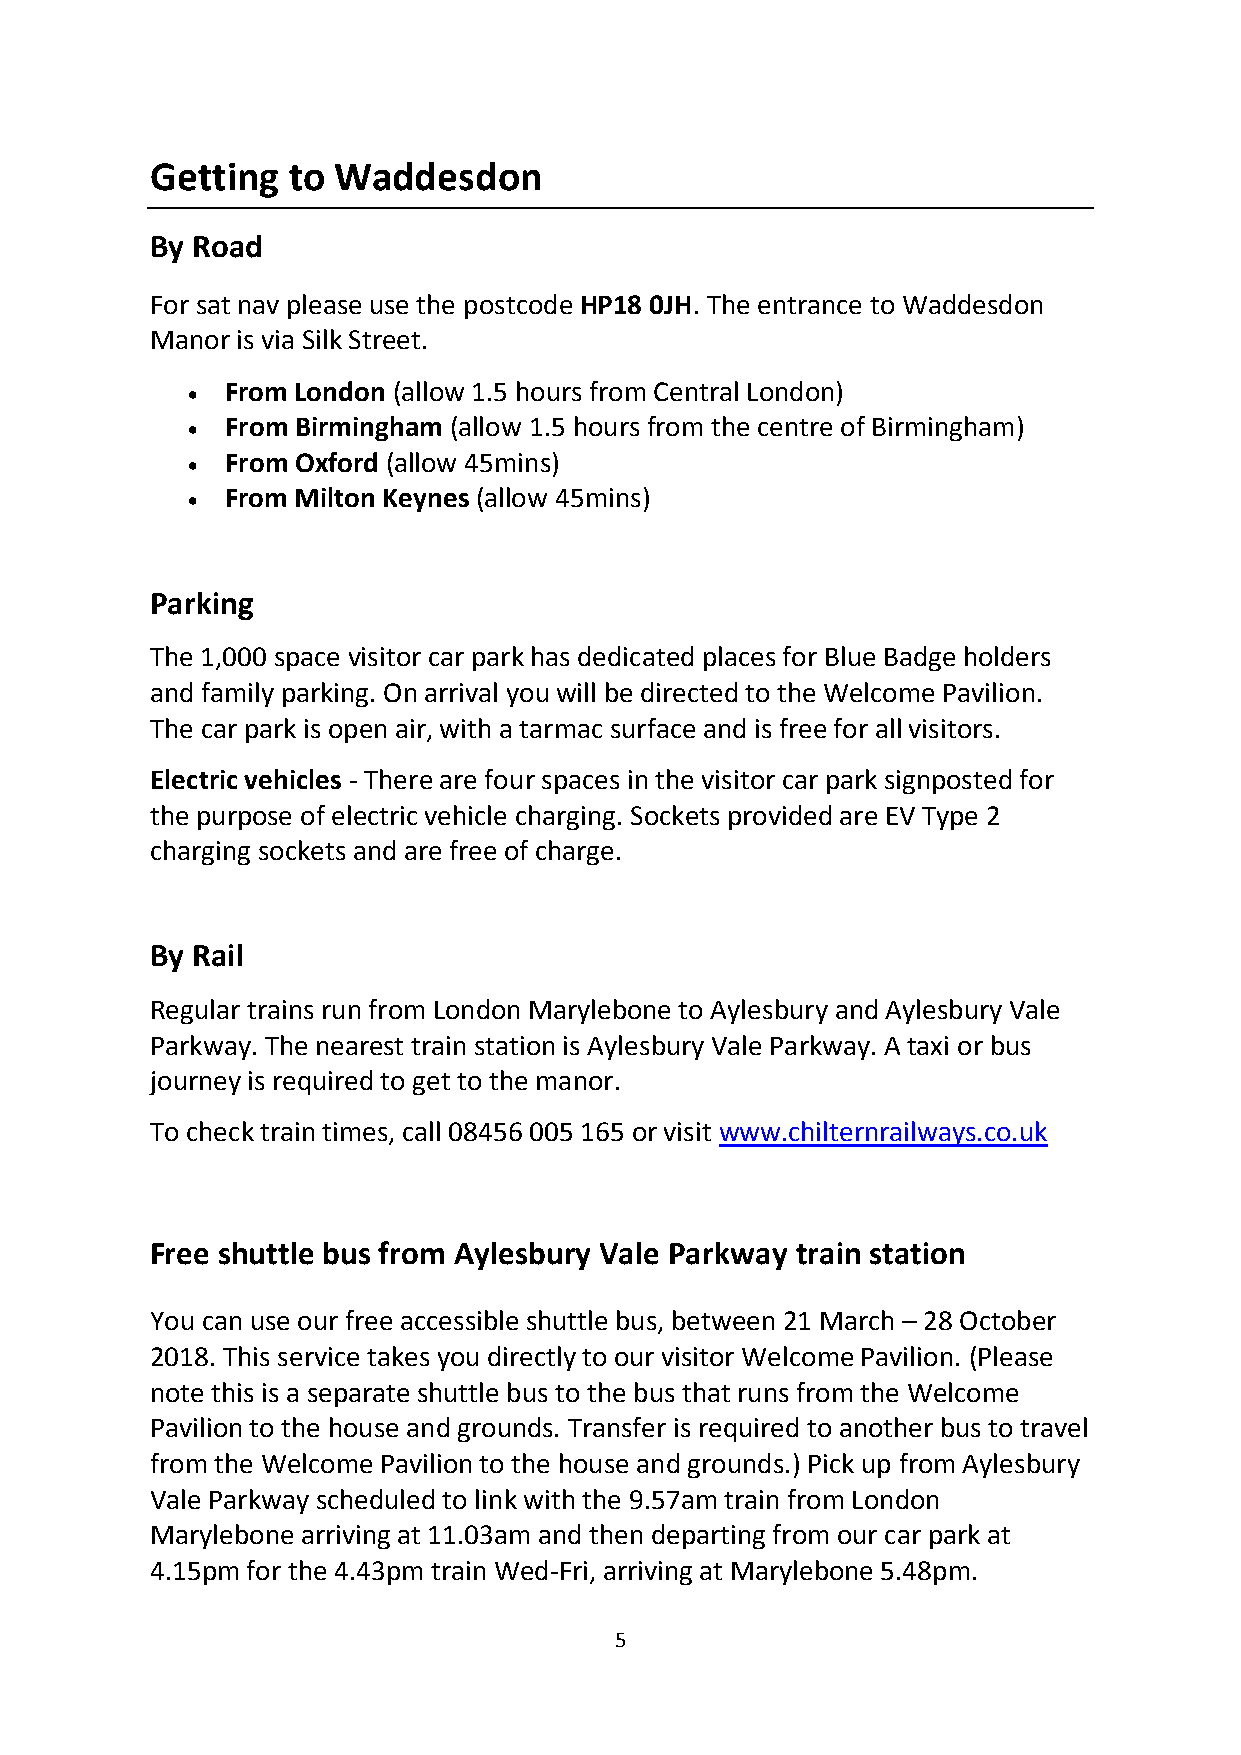
Getting  to Waddesdon
 By Road
 For sat nav please use the postcode HP18 0JH. The entrance to Waddesdon
 Manor is via Silk Street.
   From London (allow 1.5 hours from Central London)
   From Birmingham (allow 1.5 hours from the centre of Birmingham)
   From Oxford (allow 45mins)
   From Milton Keynes (allow 45mins)
 Parking
 The 1,000 space visitor car park has dedicated places for Blue Badge holders
 and family parking. On arrival you will be directed to the Welcome Pavilion.
 The car park is open air, with a tarmac surface and is free for all visitors.
 Electric vehicles - There are four spaces in the visitor car park signposted for
 the purpose of electric vehicle charging. Sockets provided are EV Type 2
 charging sockets and are free of charge.
 By Rail
 Regular trains run from London Marylebone to Aylesbury and Aylesbury Vale
 Parkway. The nearest train station is Aylesbury Vale Parkway. A taxi or bus
 journey is required to get to the manor.
 To check train times, call 08456 005 165 or visit www.chilternrailways.co.uk
 Free shuttle bus from Aylesbury Vale Parkway train station
 You can use our free accessible shuttle bus, between 21 March – 28 October
 2018. This service takes you directly to our visitor Welcome Pavilion. (Please
 note this is a separate shuttle bus to the bus that runs from the Welcome
 Pavilion to the house and grounds. Transfer is required to another bus to travel
 from the Welcome Pavilion to the house and grounds.) Pick up from Aylesbury
 Vale Parkway scheduled to link with the 9.57am train from London
 Marylebone arriving at 11.03am and then departing from our car park at
 4.15pm for the 4.43pm train Wed-Fri, arriving at Marylebone 5.48pm.
 5